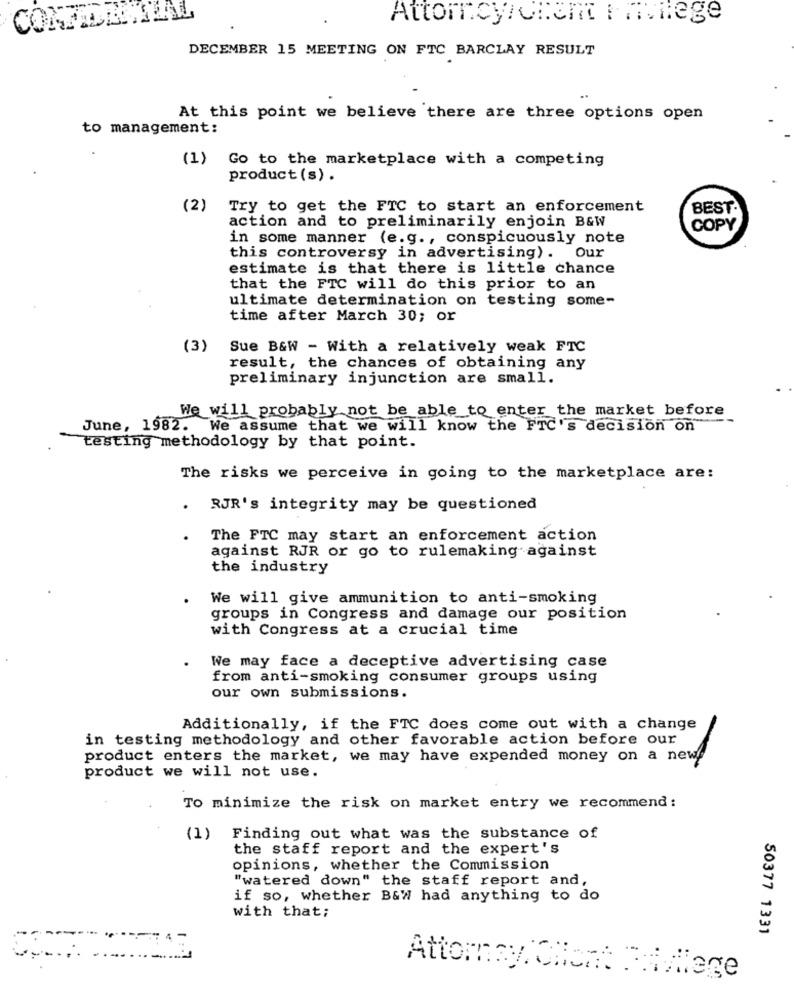
Attorneyhonom Fowiege
DECEMBER 15 MEETING ON FTC BARCLAY RESULT
At this point we believe there are three options open
to management:
(1) Go to the marketplace with a competing
product (s) .
(2)
Try to get the FTC to start an enforcement
BEST
action and to preliminarily enjoin B&W
COPY
in some manner (e.g ., conspicuously note
this controversy in advertising). Our
estimate is that there is little chance
that the FTC will do this prior to an
ultimate determination on testing some-
time after March 30; or
(3)
Sue B&W - With a relatively weak FTC
result, the chances of obtaining any
preliminary injunction are small.
We will probably not be able to enter the market before
June, 1982. We assume that we will know the FTC's decision on
testing methodology by that point.
The risks we perceive in going to the marketplace are:
.
RJR's integrity may be questioned
The FTC may start an enforcement action
against RJR or go to rulemaking against
the industry
We will give ammunition to anti-smoking
groups in Congress and damage our position
with Congress at a crucial time
We may face a deceptive advertising case
from anti-smoking consumer groups using
our own submissions.
Additionally, if the FTC does come out with a change
in testing methodology and other favorable action before our
product enters the market, we may have expended money on a new
product we will not use.
To minimize the risk on market entry we recommend:
Finding out what was the substance of
the staff report and the expert's
opinions, whether the Commission
"watered down" the staff report and,
if so, whether B&W had anything to do
with that;
50377 1331
Attomay Chort . college